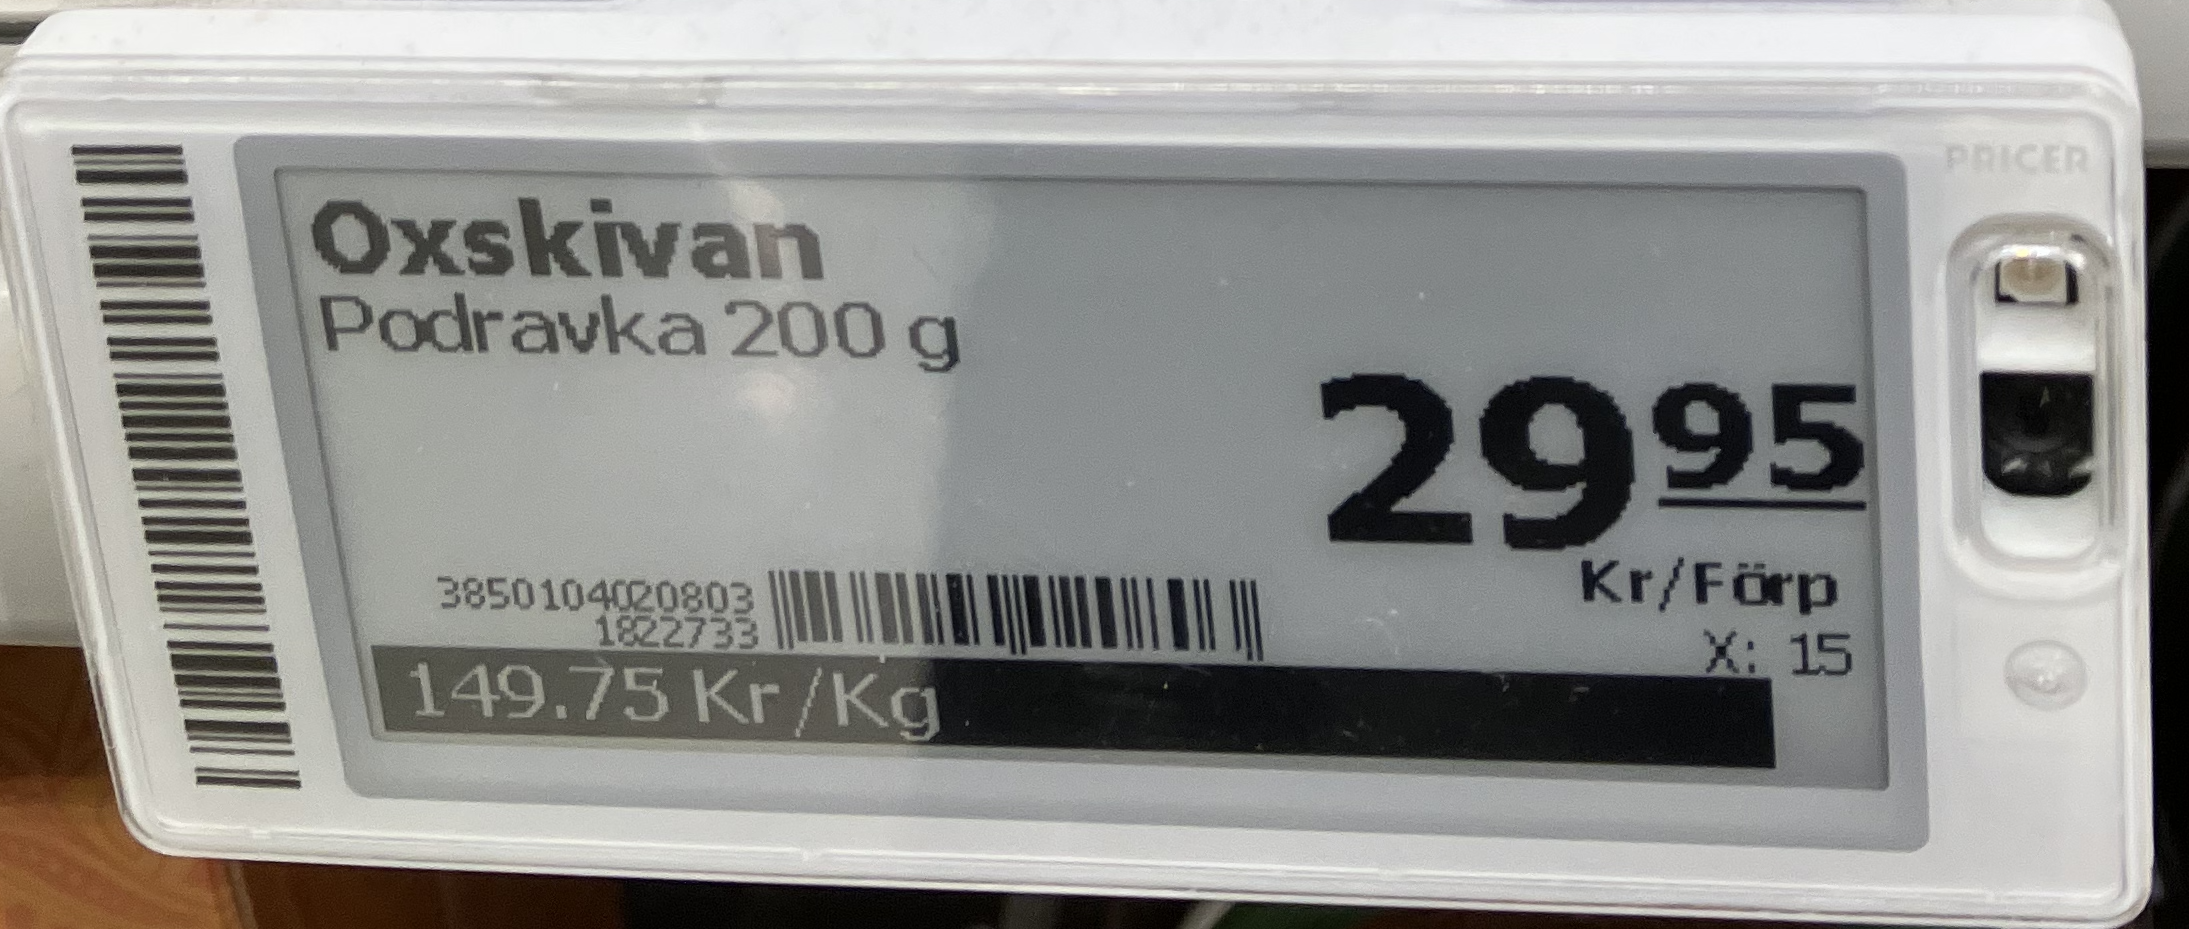
Vara: Oxskivan
Genomsnittspris: 149.75 per kg